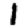
Digit: 1